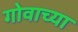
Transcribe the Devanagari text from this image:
गोवाच्या